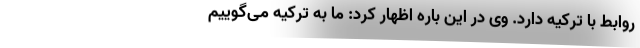
روابط با ترکیه دارد. وی در این باره اظهار کرد: ما به ترکیه می‌گوییم